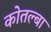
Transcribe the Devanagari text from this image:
कोतल्बा